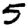
Digit: 5